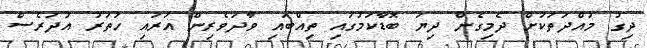
ދިގު މުއްދަތަކަށް ދެމިގެން ދިޔަ ބޮޑާކަމުގައި ތިއްބައި ވާދަވެރިން އަރައި ހަތަރު އުދަރެސް